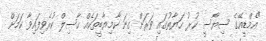
"އެމްޑީއޭގެ ސިޔާސީ ކުރު ހަޔާތުގައި ވަރަށް ގިނަ ކާމިޔާބީތަކެއް ހާސިލް ކުރެވިފައިވާ ކަމަށް